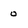
Character: 0